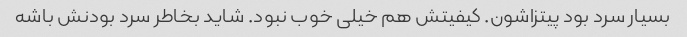
بسیار سرد بود پیتزاشون. کیفیتش هم خیلی خوب نبود. شاید بخاطر سرد بودنش باشه